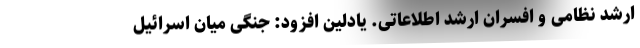
ارشد نظامی و افسران ارشد اطلاعاتی. یادلین افزود: جنگی میان اسرائیل